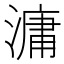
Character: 滽